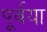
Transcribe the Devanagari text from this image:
पूर्वया